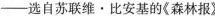
-选自苏联维·比安基的《森林报》